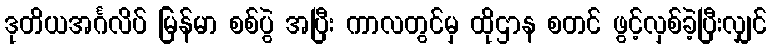
ဒုတိယအင်္ဂလိပ် မြန်မာ စစ်ပွဲ အပြီး ကာလတွင်မှ ထိုဌာန စတင် ဖွင့်လှစ်ခဲ့ပြီးလျှင်